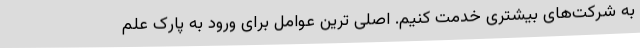
به شرکت‌های بیشتری خدمت کنیم. اصلی ترین عوامل برای ورود به پارک علم